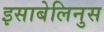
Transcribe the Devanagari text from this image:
इसाबेलिनुस